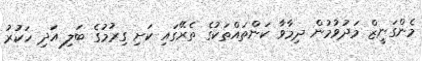
މެންގަނީޒް މަދުވުމުން ދިމާވާ ކަންތައްތަކުގެ ތެރޭގައި ކަށި ގިރުމުގެ ބަލި އަދި ހަކުރު